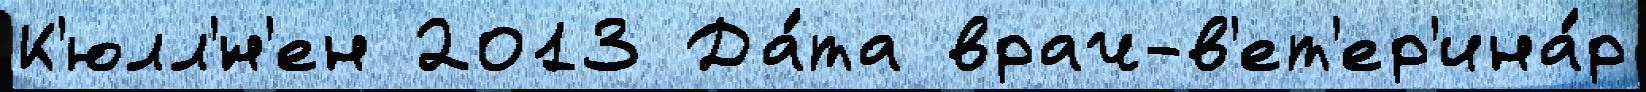
К'юлл'́н'ен 2013 Да́та врач-в'ет'ер'ина́р